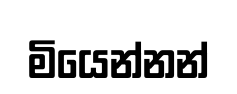
මියෙන්නන්